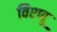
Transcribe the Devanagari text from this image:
विश्णू